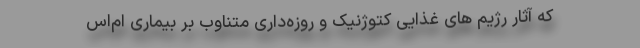
که آثار رژیم های غذایی کتوژنیک و روزه‌داری متناوب بر بیماری ام‌اس